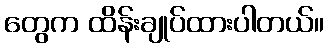
တွေက ထိန်းချုပ်ထားပါတယ်။